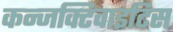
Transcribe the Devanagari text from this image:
कन्जक्टिवाइटिस